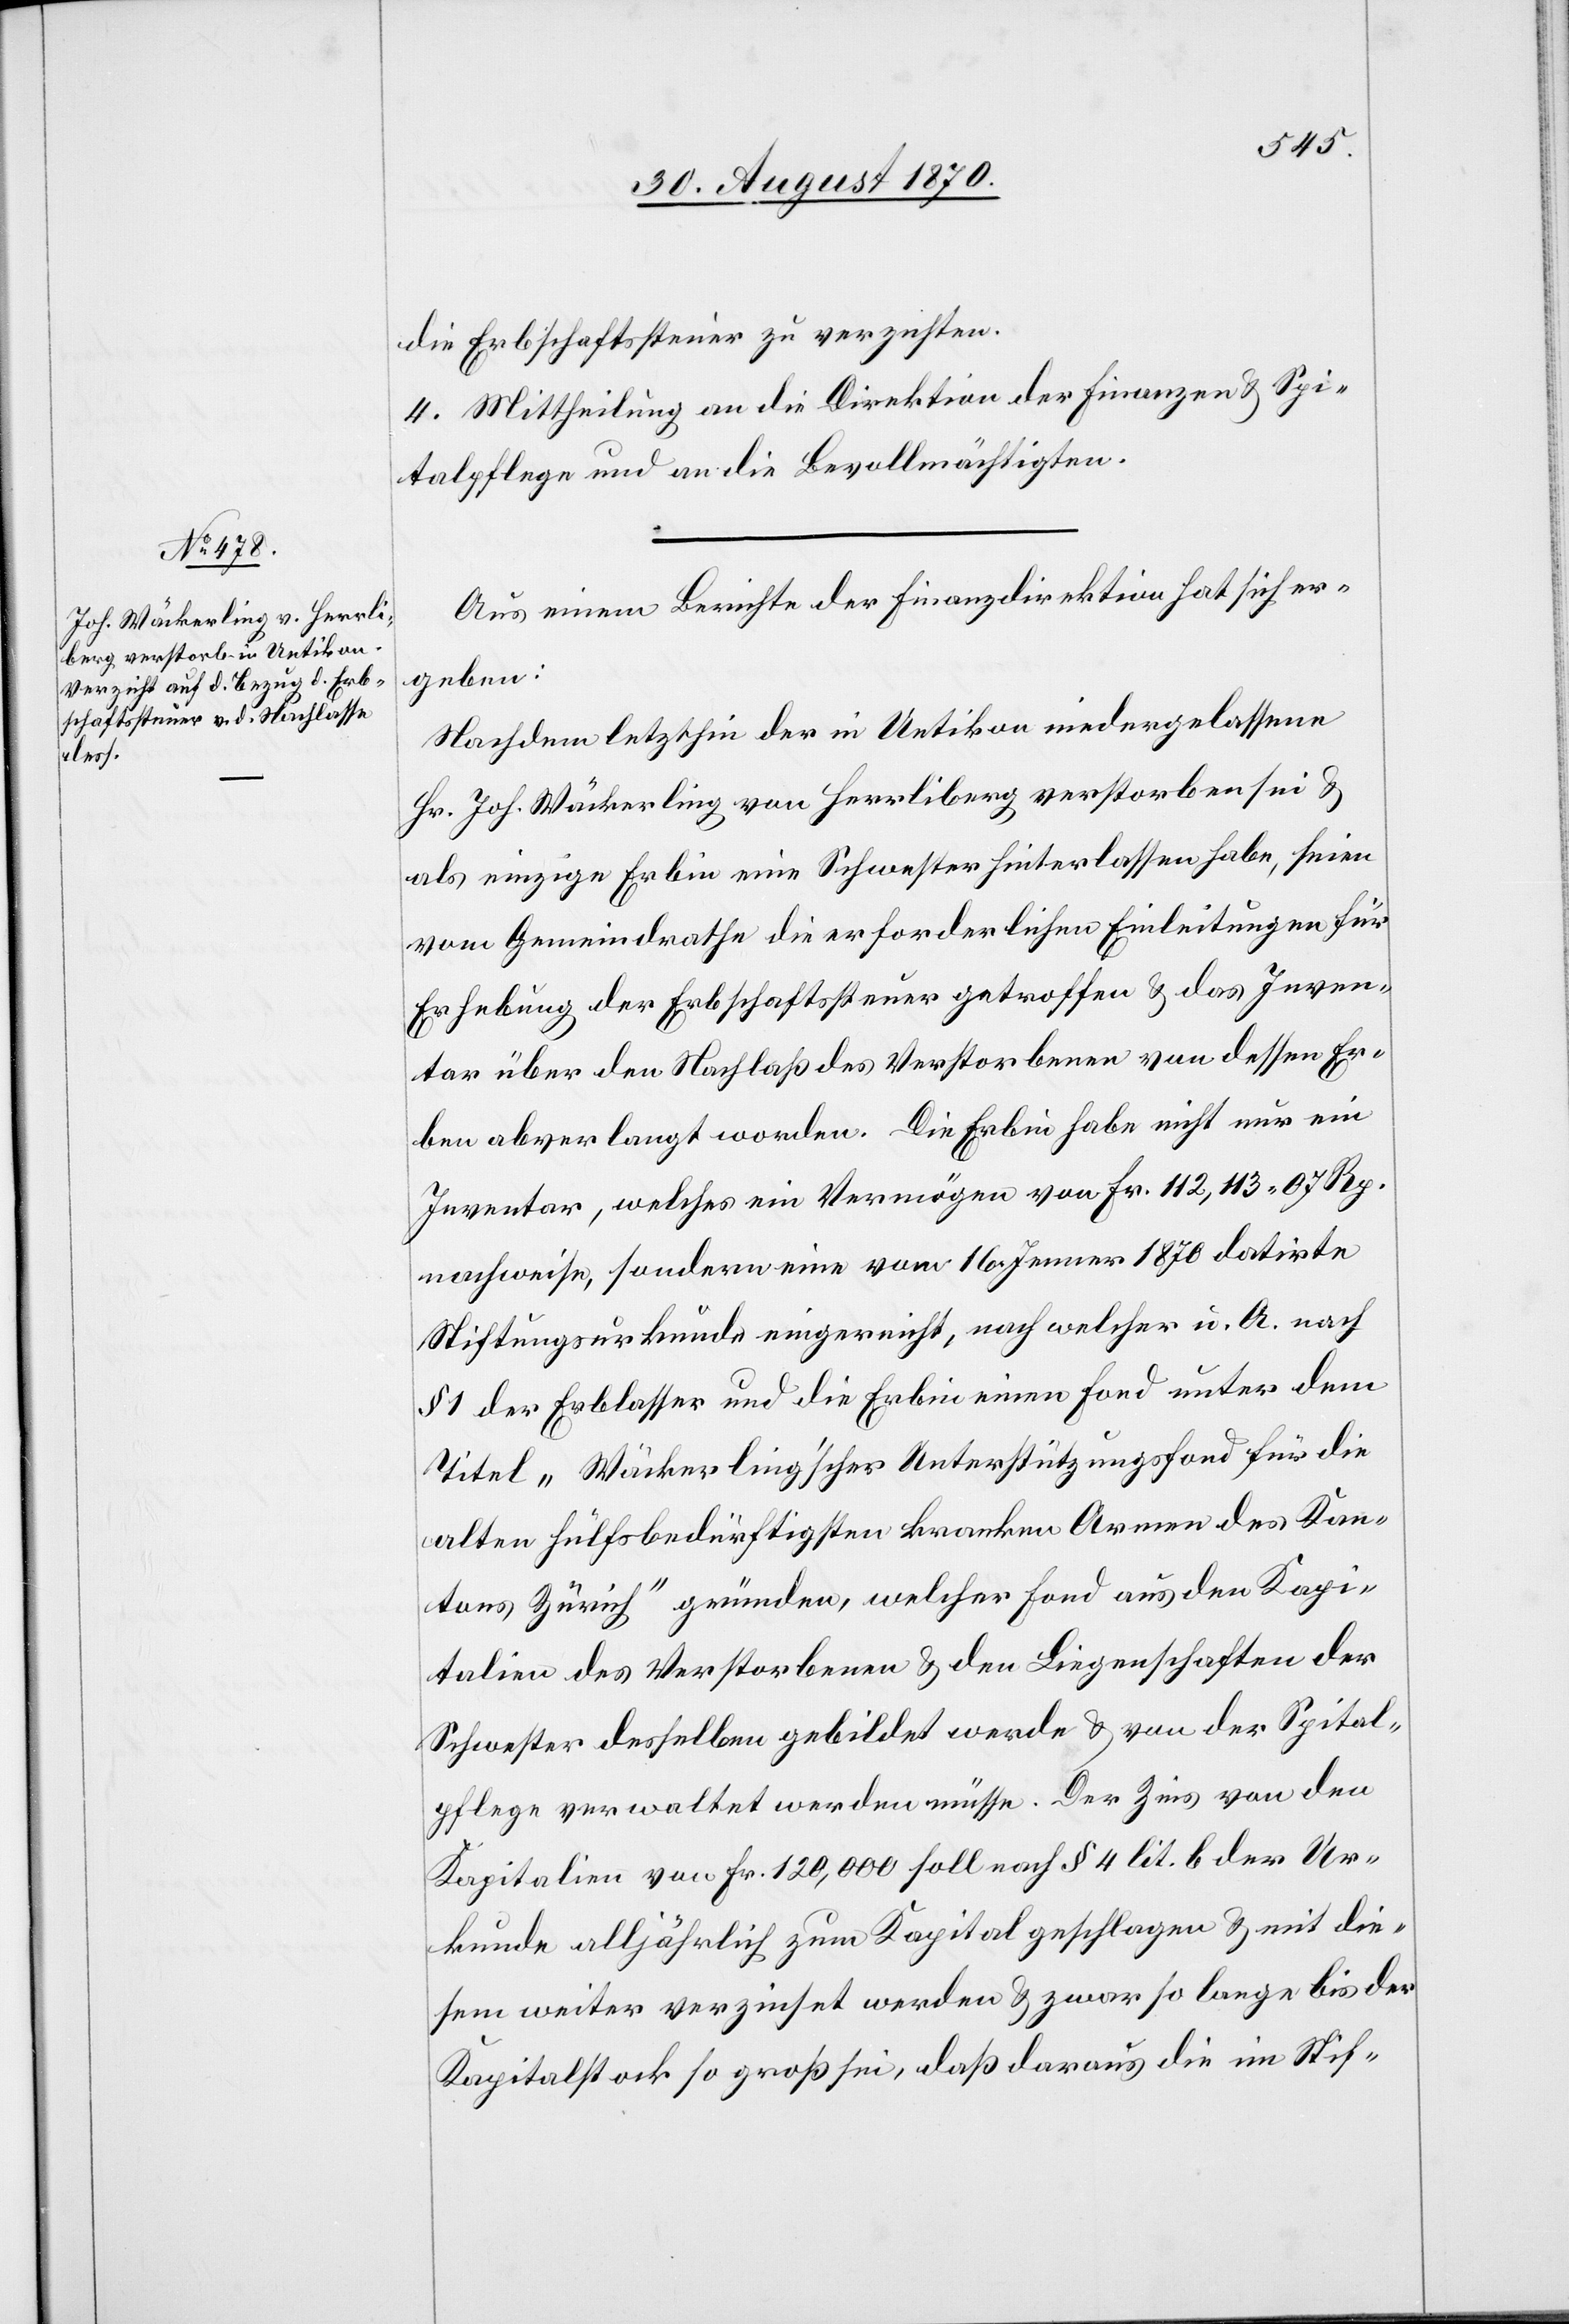
die Erbschaftssteuer zu verzichten.
4. Mittheilung an die Direktion der Finanzen & Spi¬
talpflege und an die Bevollmächtigten.
Aus einem Berichte der Finanzdirektion hat sich er¬
geben:
Nachdem letzthin der in Uetikon niedergelassene
Hr. Joh. Wäckerling von Herrliberg verstorben sei &
als einzige Erbin eine Schwester hinterlassen habe, seien
vom Gemeindrathe die erforderlichen Einleitungen für
Erhebung der Erbschaftssteuer getroffen & das Inven¬
tar über den Nachlaß des Verstorbenen von dessen Er¬
ben abverlangt worden. Die Erbin habe nicht nur ein
Inventar, welches ein Vermögen von Fr. 112,113.07 Rp.
nachweise, sondern eine vom 16. Jenner 1870 datirte
Stiftungsurkunde eingereicht, nach welcher u. A. nach
§ 1 der Erblasser und die Erbin einen Fond unter dem
Titel „Wäckerling’scher Unterstützungsfond für die
alten hülfsbedürftigen kranken Armen des Kan¬
tons Zürich“ gründen, welcher Fond aus den Kapi¬
talien des Verstorbenen & den Liegenschaften der
Schwester desselben gebildet werde & von der Spital¬
pflege verwaltet werden müsse. Der Zins von den
Kapitalien von Fr. 120,000 soll nach § 4lit. b der Ur¬
kunde alljährlich zum Kapital geschlagen & mit die¬
sem weiter verzinset werden & zwar so lange bis der
Kapitalstock so groß sei, daß daraus die im Stif-